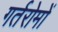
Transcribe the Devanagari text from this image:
गर्तरोमों